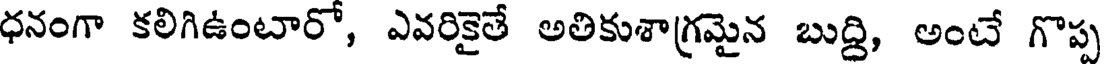
ధనంగా కలిగిఉంటారో, ఎవరికైతే అతికుశాగ్రమైన బుద్ది, అంటే గొప్ప